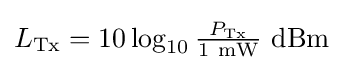
{\textstyle L_{\text{Tx}}=10\log _{10}{\frac {P_{\text{Tx}}}{\mathrm {1~mW} }}\mathrm {~dBm} }